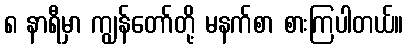
၈ နာရီမှာ ကျွန်တော်တို့ မနက်စာ စားကြပါတယ်။